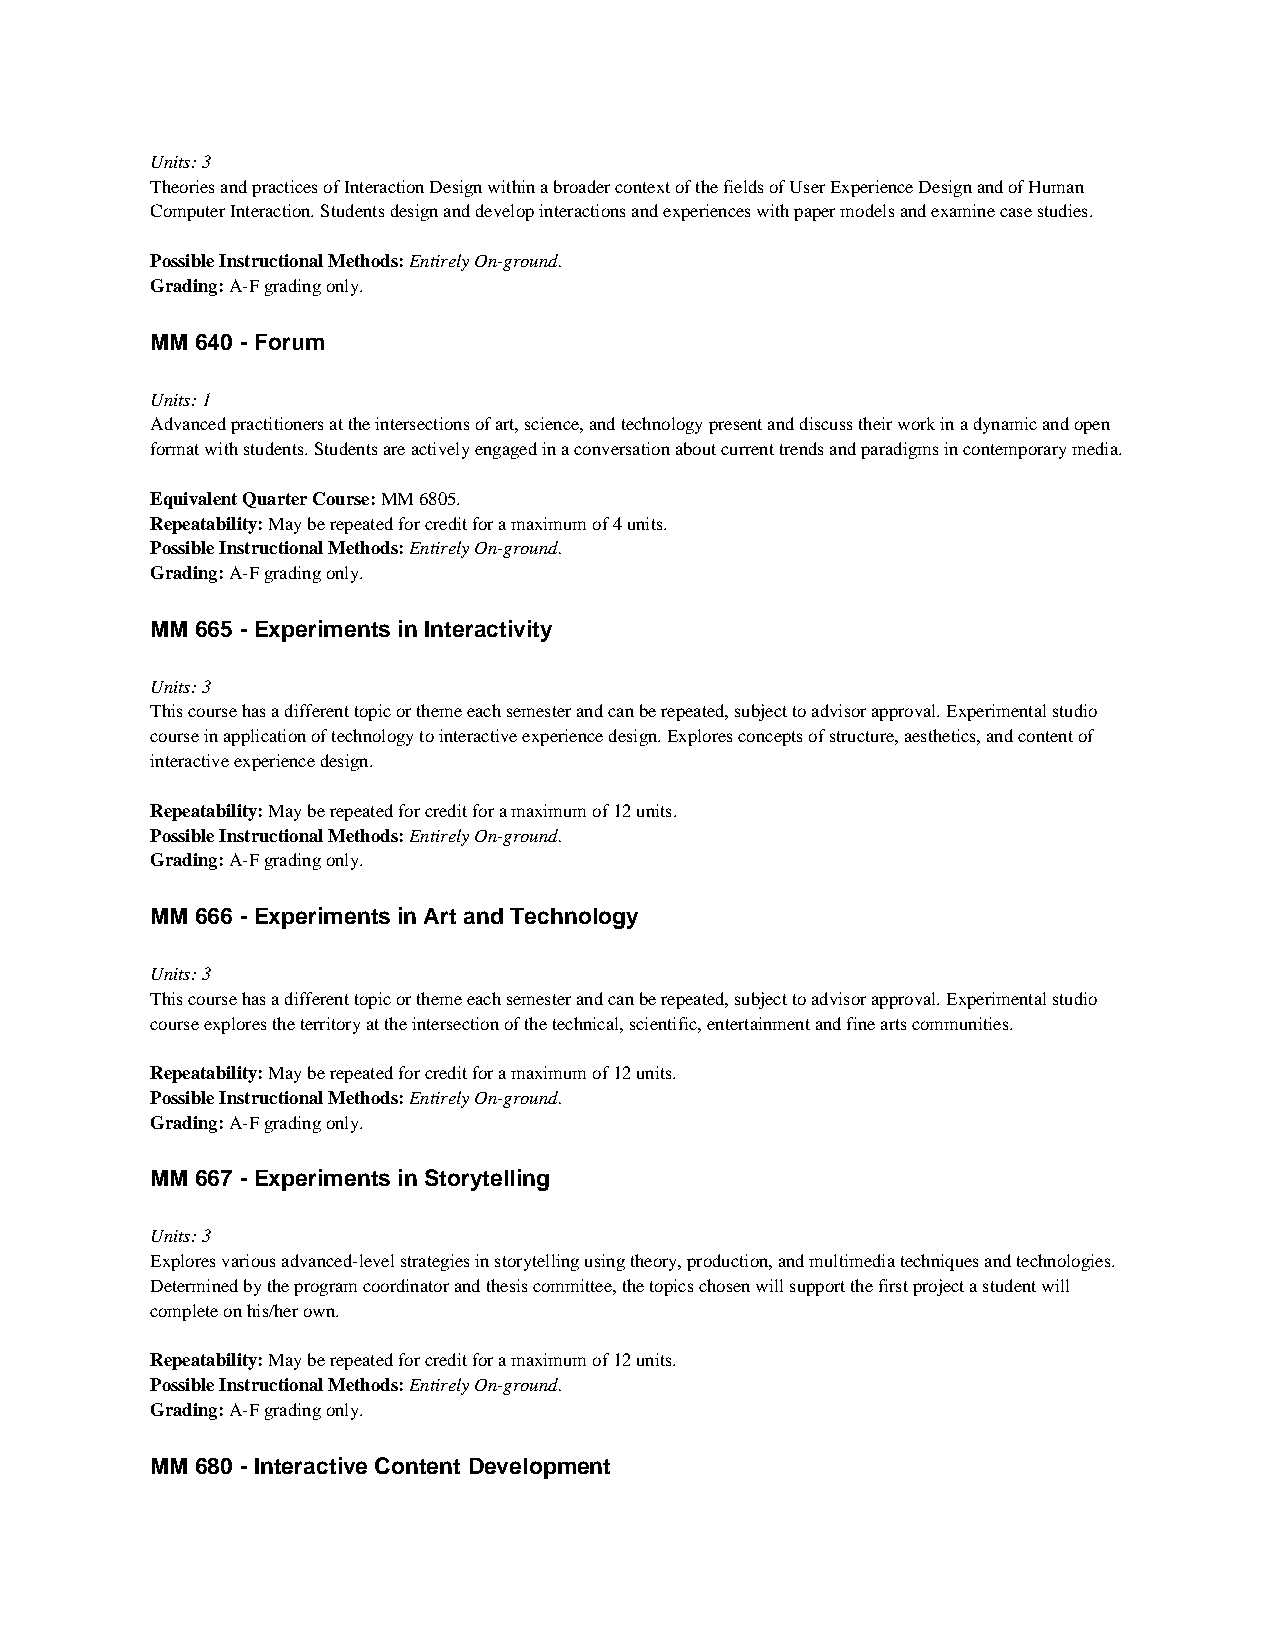
Units: 3
 Theories and practices of Interaction Design within a broader context of the fields of User Experience Design and of Human
 Computer Interaction. Students design and develop interactions and experiences with paper models and examine case studies.
 Possible Instructional Methods: Entirely On-ground.
 Grading: A-F grading only.
 MM 640 - Forum
 Units: 1
 Advanced practitioners at the intersections of art, science, and technology present and discuss their work in a dynamic and open
 format with students. Students are actively engaged in a conversation about current trends and paradigms in contemporary media.
 Equivalent Quarter Course: MM 6805.
 Repeatability: May be repeated for credit for a maximum of 4 units.
 Possible Instructional Methods: Entirely On-ground.
 Grading: A-F grading only.
 MM 665 - Experiments in Interactivity
 Units: 3
 This course has a different topic or theme each semester and can be repeated, subject to advisor approval. Experimental studio
 course in application of technology to interactive experience design. Explores concepts of structure, aesthetics, and content of
 interactive experience design.
 Repeatability: May be repeated for credit for a maximum of 12 units.
 Possible Instructional Methods: Entirely On-ground.
 Grading: A-F grading only.
 MM 666 - Experiments in Art and Technology
 Units: 3
 This course has a different topic or theme each semester and can be repeated, subject to advisor approval. Experimental studio
 course explores the territory at the intersection of the technical, scientific, entertainment and fine arts communities.
 Repeatability: May be repeated for credit for a maximum of 12 units.
 Possible Instructional Methods: Entirely On-ground.
 Grading: A-F grading only.
 MM 667 - Experiments in Storytelling
 Units: 3
 Explores various advanced-level strategies in storytelling using theory, production, and multimedia techniques and technologies.
 Determined by the program coordinator and thesis committee, the topics chosen will support the first project a student will
 complete on his/her own.
 Repeatability: May be repeated for credit for a maximum of 12 units.
 Possible Instructional Methods: Entirely On-ground.
 Grading: A-F grading only.
 MM 680 - Interactive Content Development